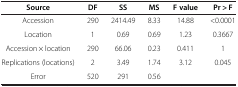
| Source | DF | SS | MS | F value | Pr > F |
 | --- | --- | --- | --- | --- | --- |
 | Accession | 290 | 2414.49 | 8.33 | 14.88 | <0.0001 |
 | Location | 1 | 0.69 | 0.69 | 1.23 | 0.3667 |
 | Accession × location | 290 | 66.06 | 0.23 | 0.411 | 1 |
 | Replications (locations) | 2 | 3.49 | 1.74 | 3.12 | 0.045 |
 | Error | 520 | 291 | 0.56 |  |  |